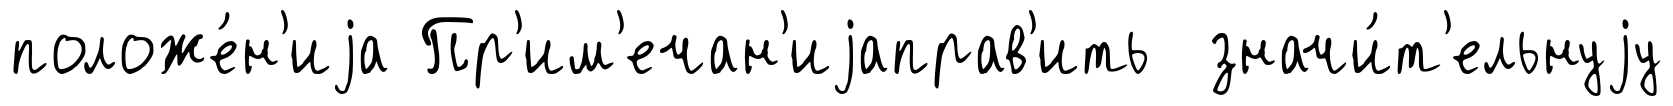
положе́н'иjа Пр'им'ечан'иjаправ'ить значи́т'ельнуjу